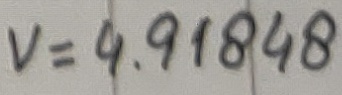
Text: V=4.91848